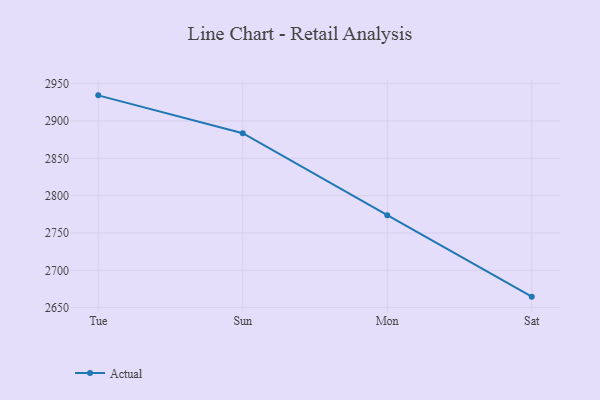
{"axis": {"x": "Day", "y": "Revenue (USD Million)"}, "legend": ["Actual"], "data": [{"x": "Tue", "y": 2934.4, "type": "Actual"}, {"x": "Sun", "y": 2883.7, "type": "Actual"}, {"x": "Mon", "y": 2773.8, "type": "Actual"}, {"x": "Sat", "y": 2664.7, "type": "Actual"}]}